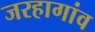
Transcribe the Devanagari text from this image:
जरहागांव